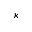
\kappa